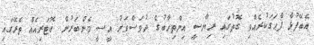
އެބޭފުޅާ ފާޙަގަކުރެއްވި ގޮތުގައި ރިޔާސީ އިންތިހާބުގެ ދުވަސްވަރު އީސީ މެންބަރުން ކޮޓަރިއެއް ތެރޭގައި